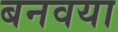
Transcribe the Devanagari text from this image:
बनवया